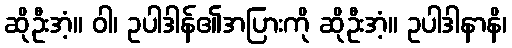
ဆိုဦးအံ့။ ဝါ၊ ဥပါဒါန်၏အပြားကို ဆိုဦးအံ့။ ဥပါဒါနာနိ၊